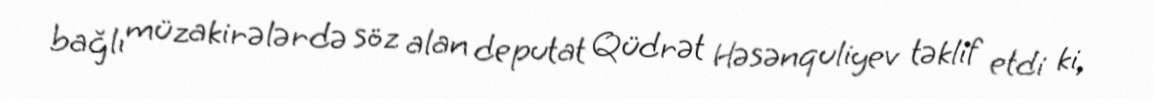
bağlı müzakirələrdə söz alan deputat Qüdrət Həsənquliyev təklif etdi ki,